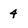
Character: 4